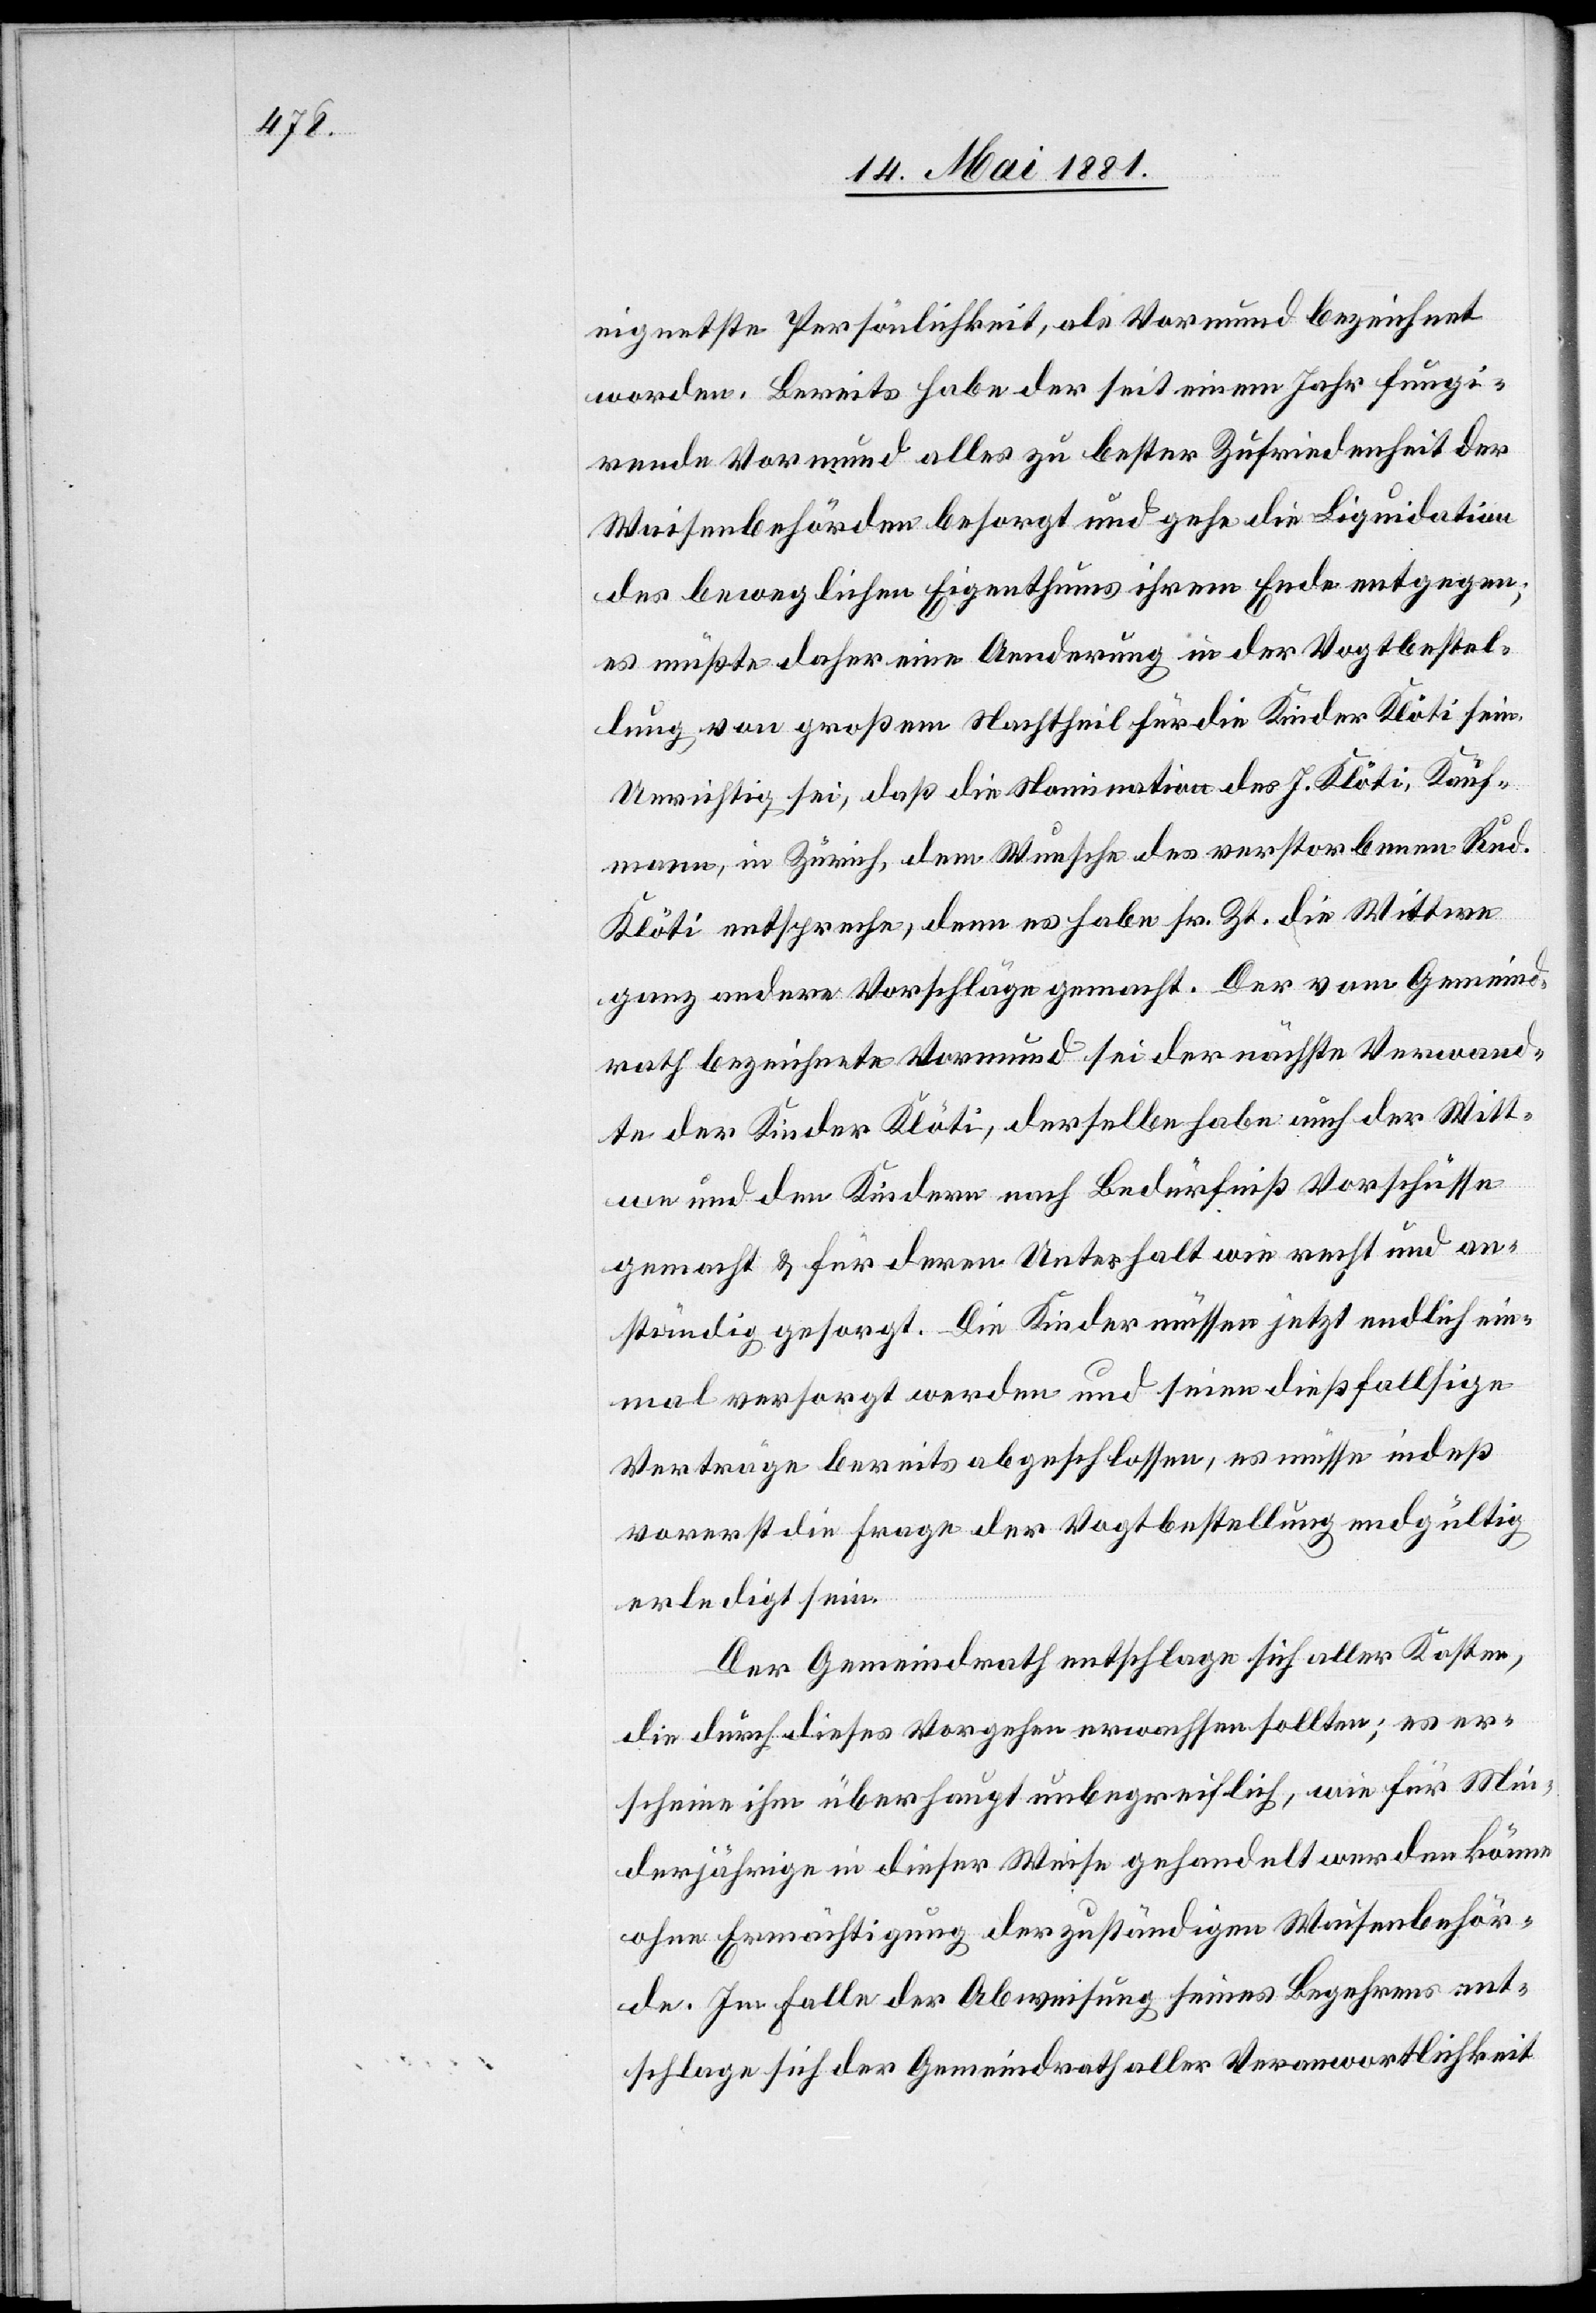
eignetste Persönlichkeit, als Vormund bezeichnet
worden. Bereits habe der seit einem Jahr fungi¬
rende Vormund alles zu bester Zufriedenheit der
Waisenbehörden besorgt und gehe die Liquidation
des beweglichen Eigenthums ihrem Ende entgegen;
es müßte daher eine Aenderung in der Vogtbestel¬
lung von großem Nachtheil für die Kinder Klöti sein.
Unrichtig sei, daß die Nomination des J. Klöti, Kauf¬
mann, in Zürich, dem Wunsche des verstorbenen Rud.
Klöti entspreche, denn es habe sr. Zt. die Wittwe
ganz andere Vorschläge gemacht. Der vom Gemeind¬
rath bezeichnete Vormund sei der nächste Verwand¬
te der Kinder Klöti, derselbe habe auch der Witt¬
we und den Kindern nach Bedürfniß Vorschüsse
gemacht & für deren Unterhalt wie recht und an¬
ständig gesorgt. Die Kinder müssen jetzt endlich ein¬
mal versorgt werden und seine dießfallsige
Verträge bereits abgeschlossen, es müsse indeß
vorerst die Frage der Vogtbestellung endgültig
erledigt sein.
Der Gemeindrath entschlage sich aller Kosten,
die durch dieses Vorgehen erwachsen sollten; es er¬
scheine ihm überhaupt unbegreiflich, wie für Min¬
derjährige in dieser Weise gehandelt werden könne
ohne Ermächtigung der zuständigen Waisenbehör¬
de. Im Falle der Abweisung seines Begehrens ent¬
schlage sich der Gemeindrath aller Verantwortlichkeit